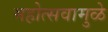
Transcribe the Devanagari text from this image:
महोत्सवामुळे